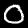
Label: 0